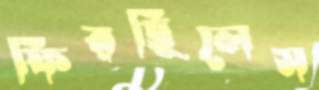
ফিরছিলেস